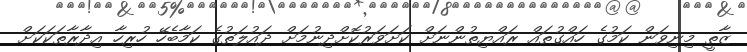
ޒާތީ މިނިވަން ކަމުގެ ހައްގުތައް ރައްޔިތުންނަށް ކަށަވަރުކޮށްދިނުމަށް ދައުލަތުގެ ކަމާބެހޭ ހުރިހާ އިދާރާތަކަކަށް